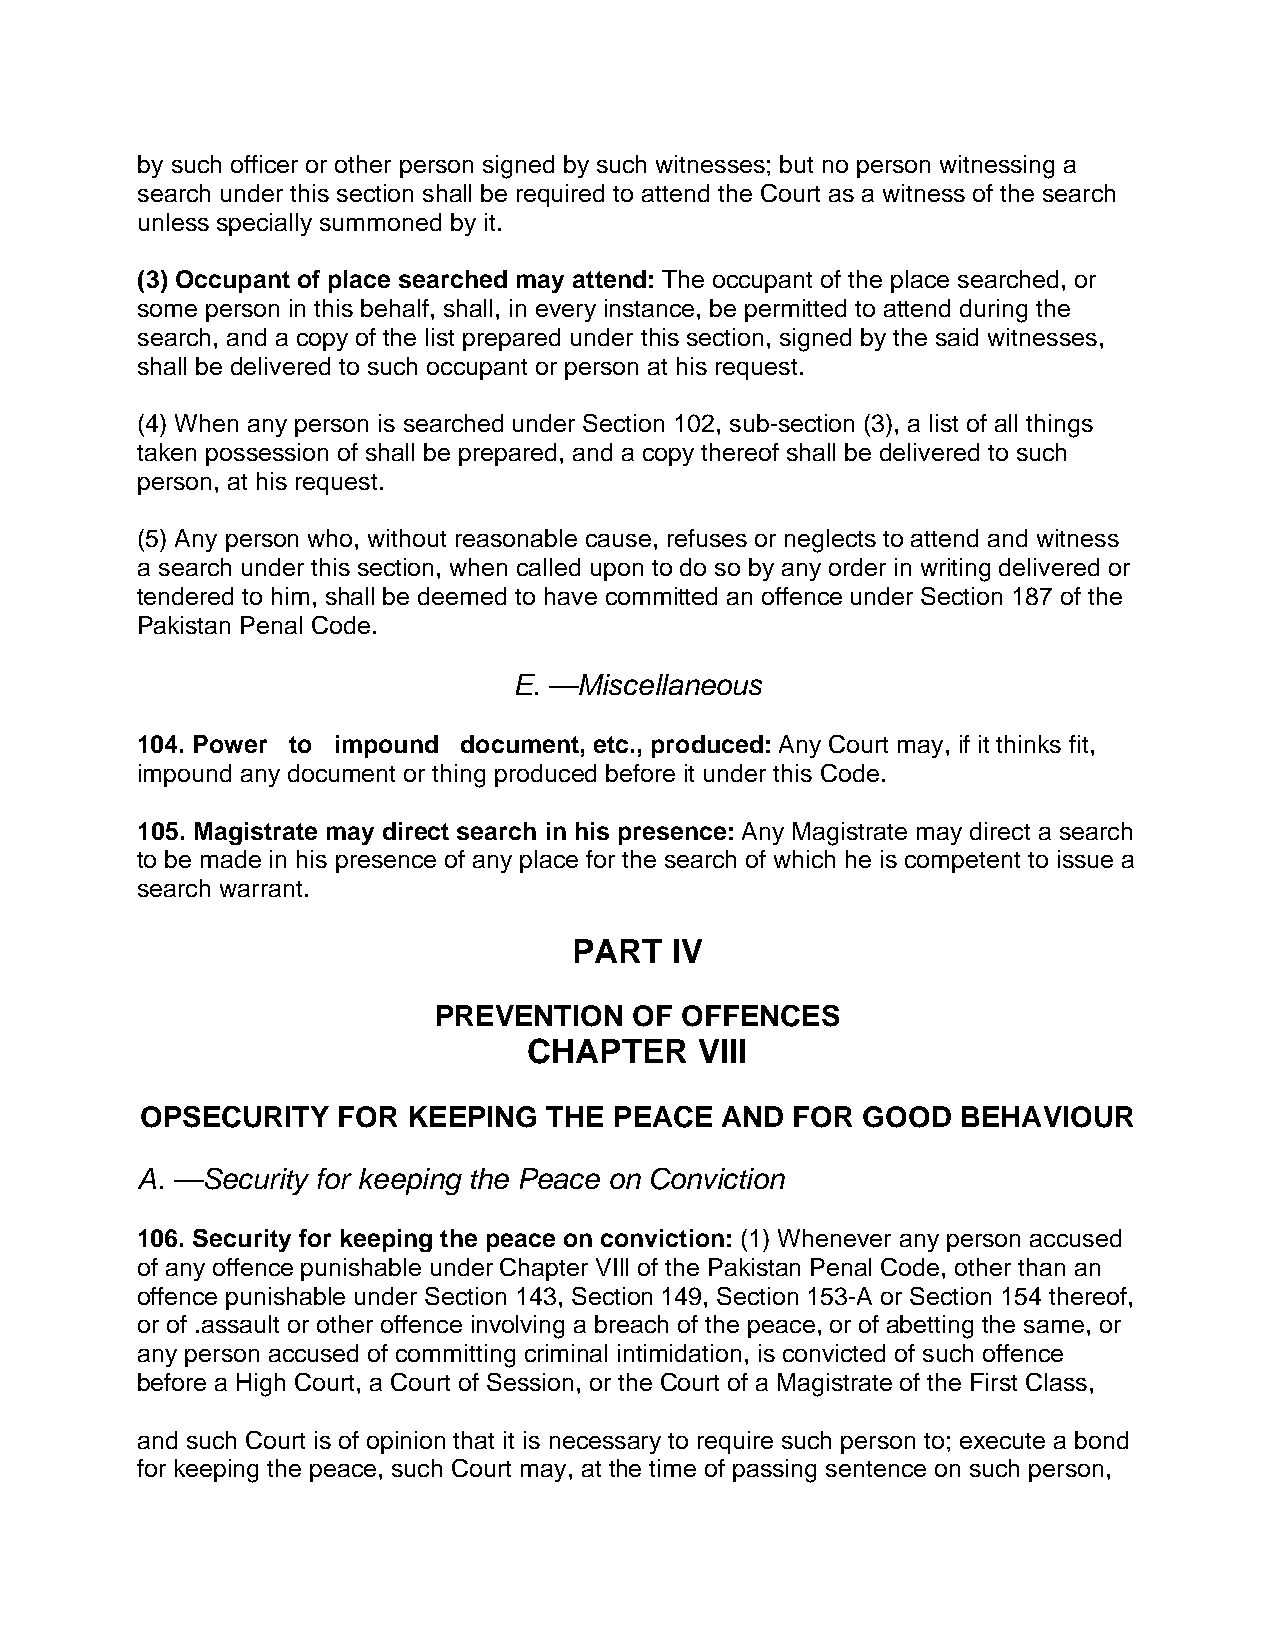
by such officer or other person signed by such witnesses; but no person witnessing a
 search under this section shall be required to attend the Court as a witness of the search
 unless specially summoned by it.
 (3) Occupant of place searched may attend: The occupant of the place searched, or
 some person in this behalf, shall, in every instance, be permitted to attend during the
 search, and a copy of the list prepared under this section, signed by the said witnesses,
 shall be delivered to such occupant or person at his request.
 (4) When any person is searched under Section 102, sub-section (3), a list of all things
 taken possession of shall be prepared, and a copy thereof shall be delivered to such
 person, at his request.
 (5) Any person who, without reasonable cause, refuses or neglects to attend and witness
 a search under this section, when called upon to do so by any order in writing delivered or
 tendered to him, shall be deemed to have committed an offence under Section 187 of the
 Pakistan Penal Code.
 E. —Miscellaneous
 104. Power to impound document, etc., produced: Any Court may, if it thinks fit,
 impound any document or thing produced before it under this Code.
 105. Magistrate may direct search in his presence: Any Magistrate may direct a search
 to be made in his presence of any place for the search of which he is competent to issue a
 search warrant.
 PART  IV
 PREVENTION   OF OFFENCES
 CHAPTER    VIII
 OPSECURITY   FOR  KEEPING  THE  PEACE  AND  FOR GOOD   BEHAVIOUR
 A. —Security for keeping the Peace on Conviction
 106. Security for keeping the peace on conviction: (1) Whenever any person accused
 of any offence punishable under Chapter VIll of the Pakistan Penal Code, other than an
 offence punishable under Section 143, Section 149, Section 153-A or Section 154 thereof,
 or of .assault or other offence involving a breach of the peace, or of abetting the same, or
 any person accused of committing criminal intimidation, is convicted of such offence
 before a High Court, a Court of Session, or the Court of a Magistrate of the First Class,
 and such Court is of opinion that it is necessary to require such person to; execute a bond
 for keeping the peace, such Court may, at the time of passing sentence on such person,